Indian journal of veterinary science and animal husbandry - Volume 13,
Year: 1943
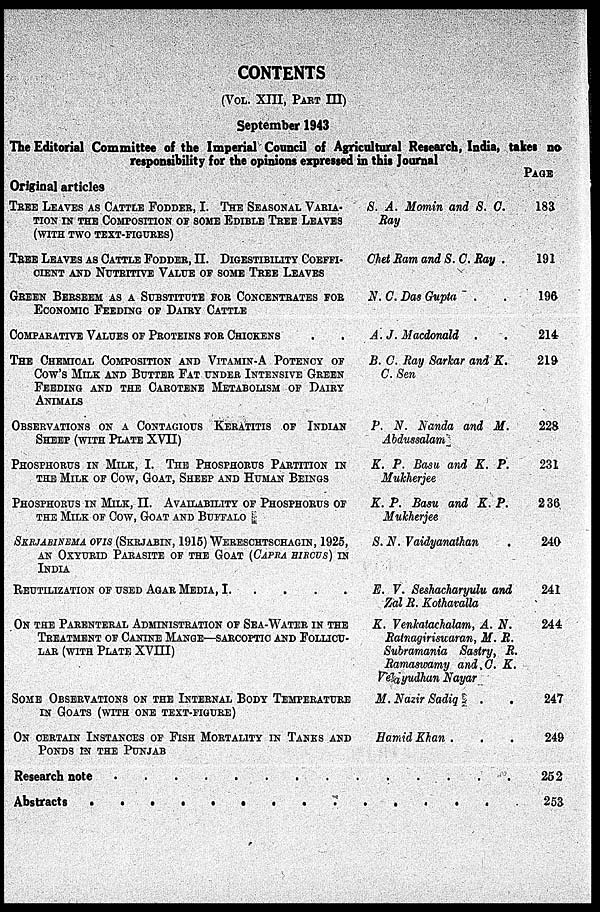
CONTENTS
(VOL. XIII, PART III)
September 1943
The Editorial Committee of the Imperial Council of Agricultural Research, India, takes no
responsibility for the opinions expressed in this Journal
Original articles
TREE LEAVES AS CATTLE FODDER, I. THE SEASONAL VARIA-
TION IN THE COMPOSITION OF SOME EDIBLE TREE LEAVES
(WITH TWO TEXT-FIGURES)
TREE LEAVES AS CATTLE FODDER, II. DIGESTIBILITY COEFFI-
CIENT AND NUTRITIVE VALUE OF SOME TREE LEAVES
GREEN BERSEEM AS A SUBSTITUTE FOR CONCENTRATES FOR
ECONOMIC FEEDING OF DAIRY CATTLE
COMPARATIVE VALUES OF PROTEINS FOR CHICKENS
THE CHEMICAL COMPOSITION AND VITAMIN-A POTENCY OF
COW'S MILK AND BUTTER FAT UNDER INTENSIVE GREEN
FEEDING AND THE CAROTENE METABOLISM OF DAIRY
ANIMALS
OBSERVATIONS ON A CONTAGIOUS KERATITIS OF INDIAN
SHEEP (WITH PLATE XVII)
PHOSPHORUS IN MILK, I. THE PHOSPHORUS PARTITION IN
THE MILK OF COW, GOAT, SHEEP AND HUMAN BEINGS
PHOSPHORUS IN MILK, II. AVAILABILITY OF PHOSPHORUS OF
THE MILK OF COW, GOAT AND BUFFALO
SKRJABINEMA OVIS (SKRJABIN, 1915) WERESCHTSCHAGIN, 1925,
AN OXYURID PARASITE OF THE GOAT (CAPRA HIRCUS) IN
INDIA
REUTILIZATION OF USED AGAR MEDIA, I. . . . .
ON THE PARENTERAL ADMINISTRATION OF SEA-WATER IN THE
TREATMENT OF CANINE MANGE—SARCOPTIC AND FOLLICU-
LAR (WITH PLATE XVIII)
SOME OBSERVATIONS ON THE INTERNAL BODY TEMPERATURE
IN GOATS (WITH ONE TEXT-FIGURE)
ON CERTAIN INSTANCES OF FISH MORTALITY IN TANKS AND
PONDS IN THE PUNJAB
S. A. Momin and S. C.
Ray
Chet Ram and S. C. Ray .
N. C. Das Gupta . .
A. J. Macdonald . .
B. C. Bay Sarkar and K.
C. Sen
P. N. Nanda and M.
Abdussalam
K. P. Basu and K. P.
Mukherjee
K. P. Basu and K. P.
Mukherjee
S. N. Vaidyanathan .
E. V. Seshacharyulu and
Zal R. Kothavalla
K. Venkatachalam, A. N.
Ratnagiriswaran, M. R.
Subramania Sastry, R.
Ramaswamy and C. K.
Velayudhan Nayar
M. Nazir Sadiq
.
.
Hamid Khan . . .
Research note . . . . . . . . . . . . . . .
Abstracts . . . . . . . . . . . . . . .
PAGE
183
191
196
214
219
228
231
236
240
241
244
247
249
252
253